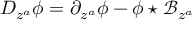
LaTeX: D _ { z ^ { a } } \phi = \partial _ { z ^ { a } } \phi - \phi \star \mathcal { B } _ { z ^ { a } }